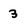
Character: 3